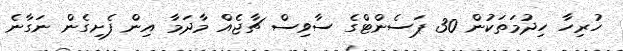
ހުރިހާ ހިދުމަތަކުން 30 ޕަސެންޓްގެ ސާވިސް ޗާޖެއް މާދަމާ އިން ފެށިގެން ނަގާނެ